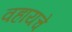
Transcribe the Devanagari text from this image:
वहायचे